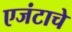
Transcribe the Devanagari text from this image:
एजंटाचे